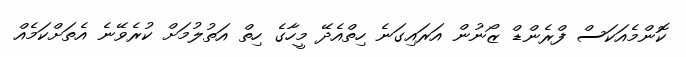
ކޮންމެއަކަސް ފްރެންޑް ޒޯނުން އަރައިގަނެ ހިތްއެދޭ މީހާގެ ހިތް އަތުލުމަށް ކުރެވޭނެ އެތަށްކަމެއް